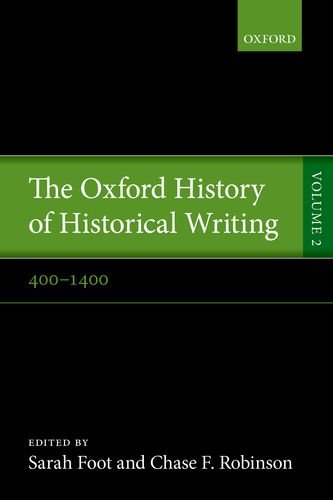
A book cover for The Oxford History of Historical Writing: Volume 2: 400-1400; Literature & Fiction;